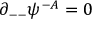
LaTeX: \partial _ { -- } \psi ^ { - { \cal A } } = 0